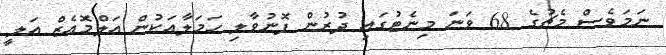
ނަމަވެސް މެޗުގެ 68 ވަނަ މިނެޓުގައި ދުރުުން ފޮނުވާލި ހަމަލާއަކުން އަލްމޮއެޒް އަލީ